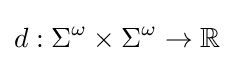
d:\Sigma ^{\omega }\times \Sigma ^{\omega }\rightarrow \mathbb {R}